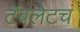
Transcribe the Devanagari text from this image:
टॅबलेटचं